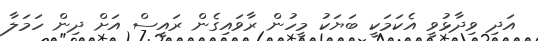
އަދި ވިދާޅުވީ އެކަމަކީ ބަޔަކު މީހުން ރާވައިގެން ރައީސް އަށް ދިން ހަމަލާ